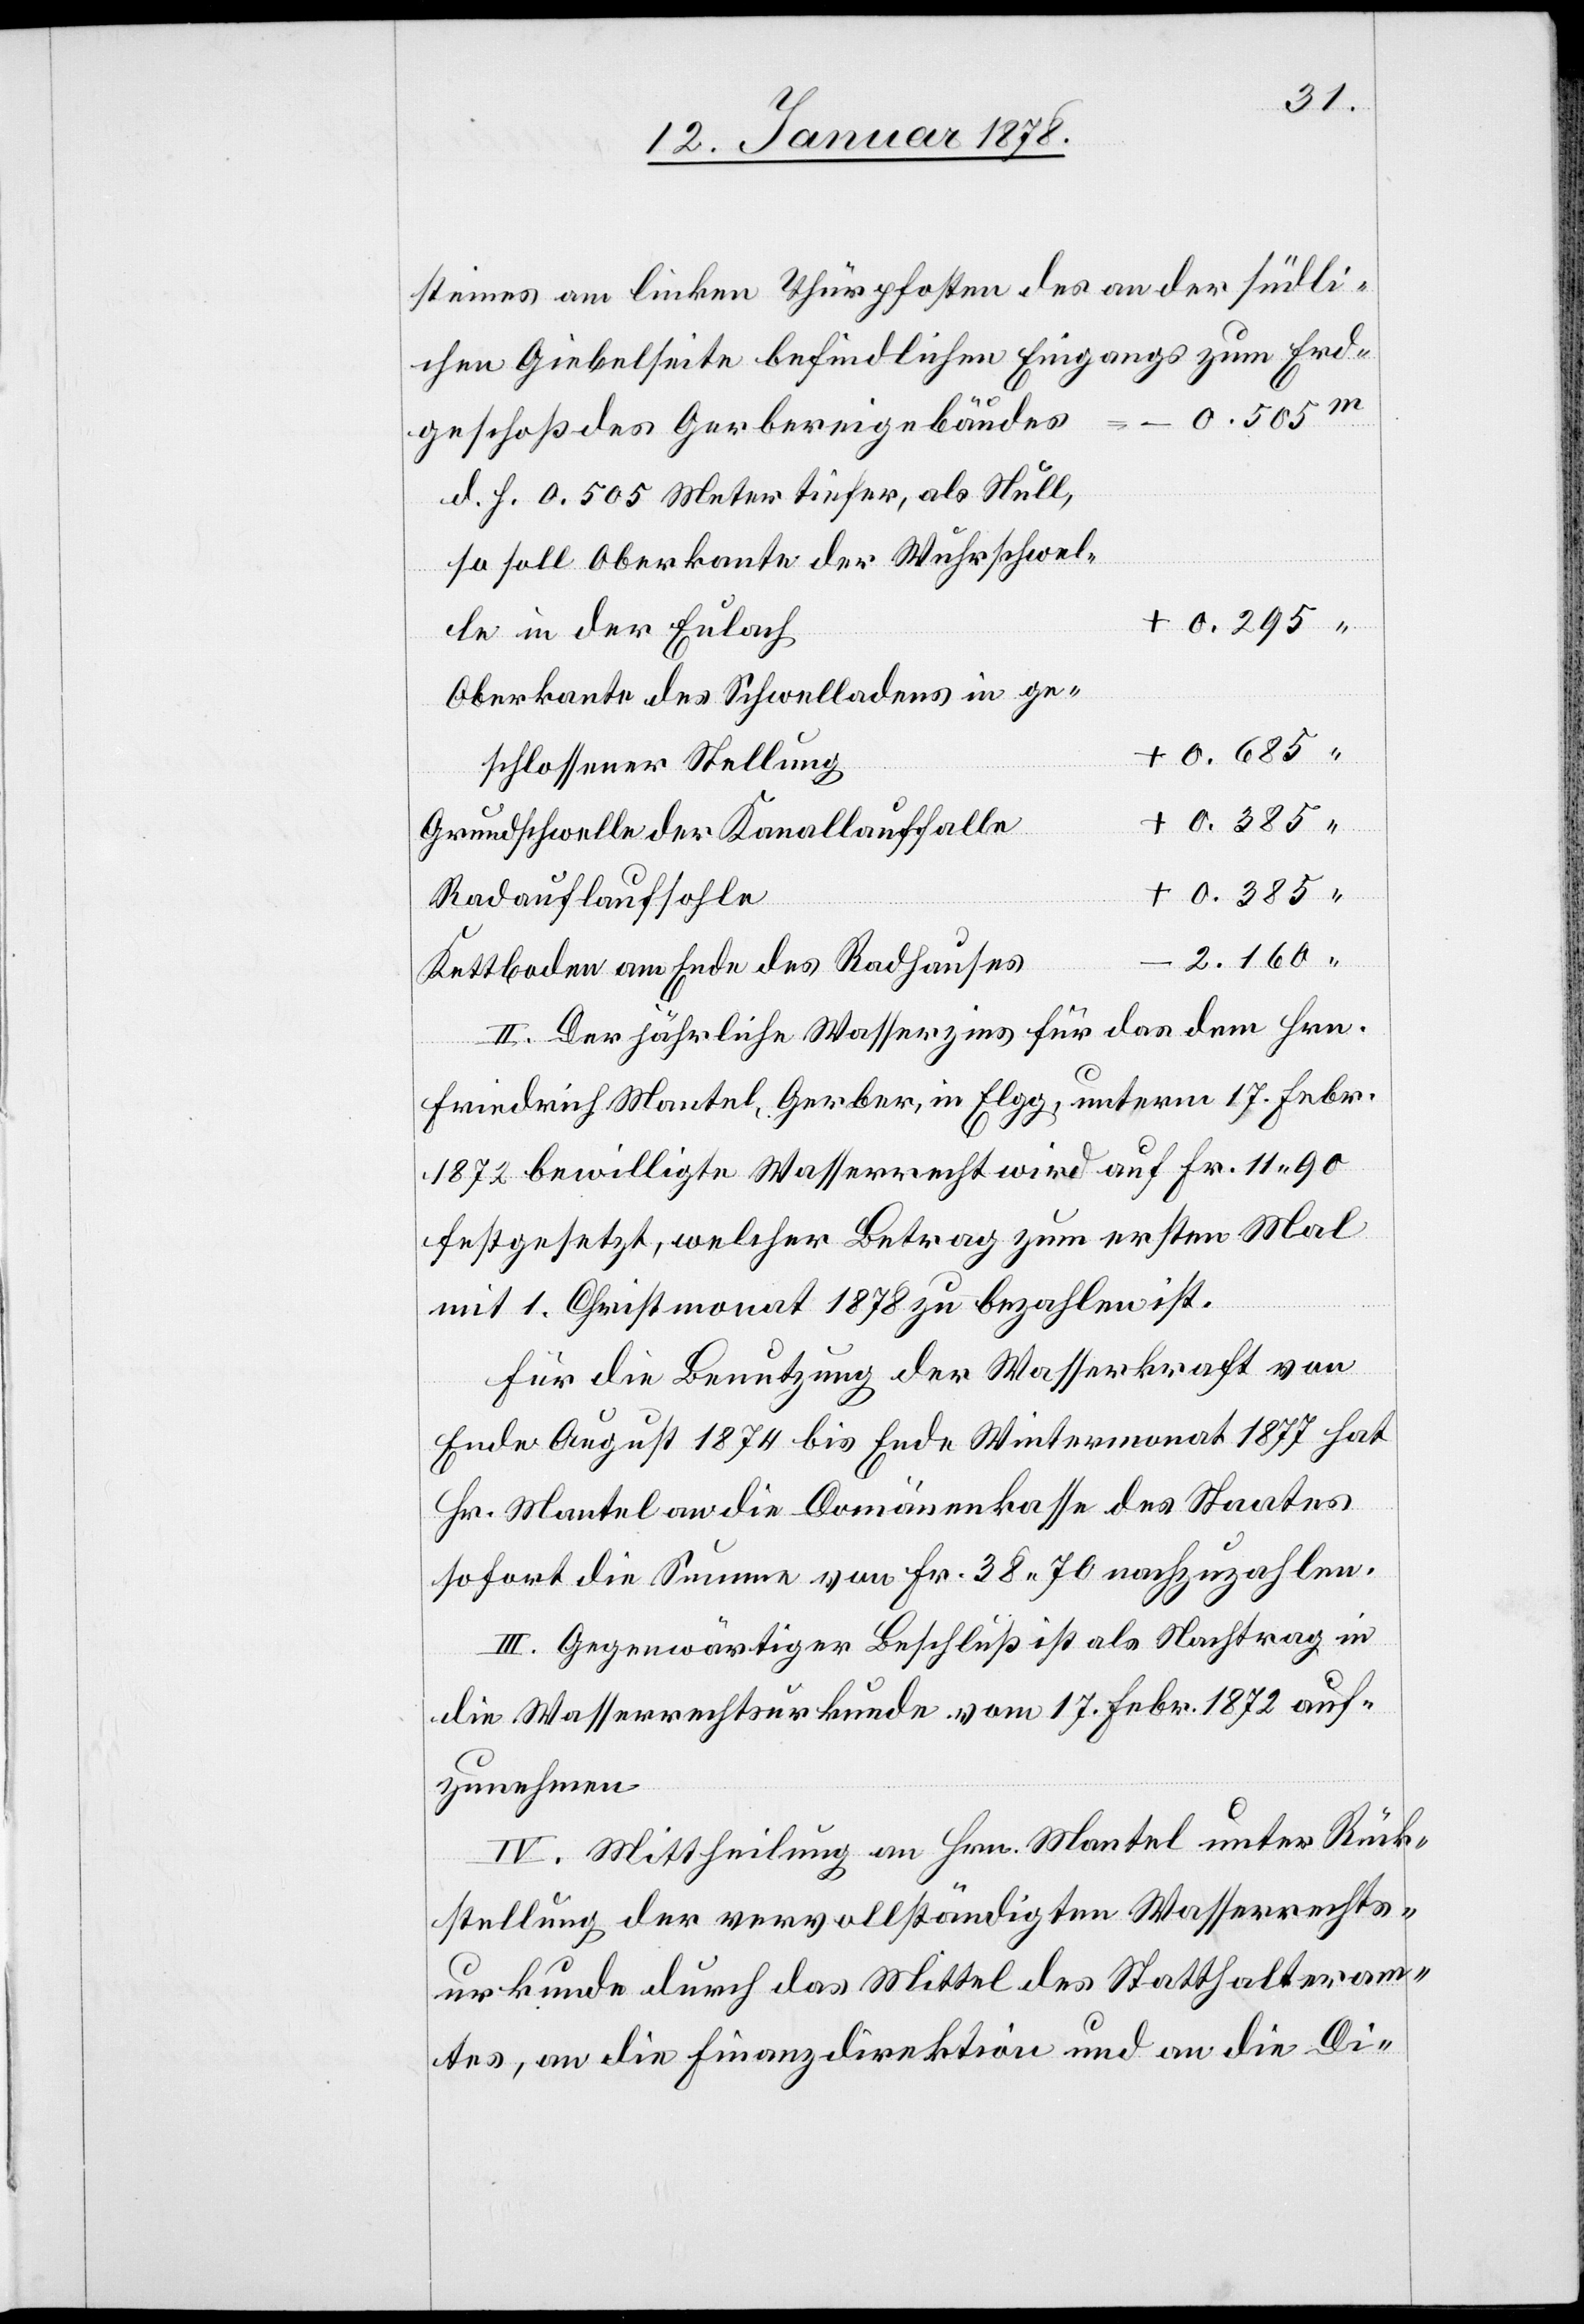
steines am linken Thürpfosten des an der südlic¬
Erdgeschoß des Gerbereigebäudes
d. h. 0.505 Meter tiefer, als Null,
so soll Oberkante der Wuhrschwel¬
le in der Eulach
Oberkante des Schwelladens in ge¬
0.685
schlossener Stellung
0.385
Grundschwelle der Kanallauffalle
Radlaufsohle
2.160
Kettboden am Ende des Radlaufes
II. Der jährliche Wasserzins für das dem Hrn.
Friedrich Mantel, Gerber, in Elgg, unterm 17. Febr.
+
1872 bewilligte Wasserrecht wird auf Fr. 11.90
festgesetzt, welcher Betrag zum ersten Mal
mit 1. Christmonat 1878 zu bezahlen ist.
Für die Benutzung der Wasserkraft von
Ende August 1874 bis Ende Wintermonat 1877 hat
Hr. Mantel an die Domänenkasse des Staates
sofort die Summe von Fr. 38.70 nachzuzahlen.
III. Gegenwärtiger Beschluß ist als Nachtrag in
die Wasserrechtsurkunde vom 17. Febr. 1872 auf¬
zunehmen.
IV. Mittheilung an Hrn. Mantel unter Rück¬
stellung der vervollständigten Wasserrechts¬
urkunde durch das Mittel des Statthalteram¬
tes, an die Finanzdirektion und an die Di-